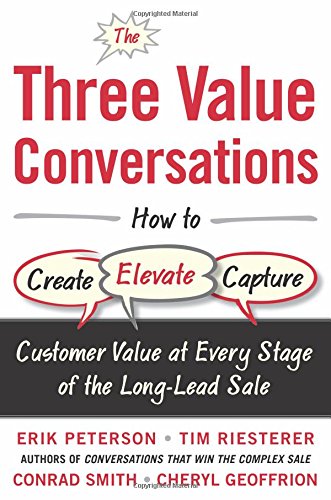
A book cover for The Three Value Conversations: How to Create, Elevate, and Capture Customer Value at Every Stage of the Long-Lead Sale; Erik Peterson; Business & Money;